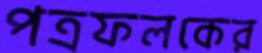
পত্রফলকের